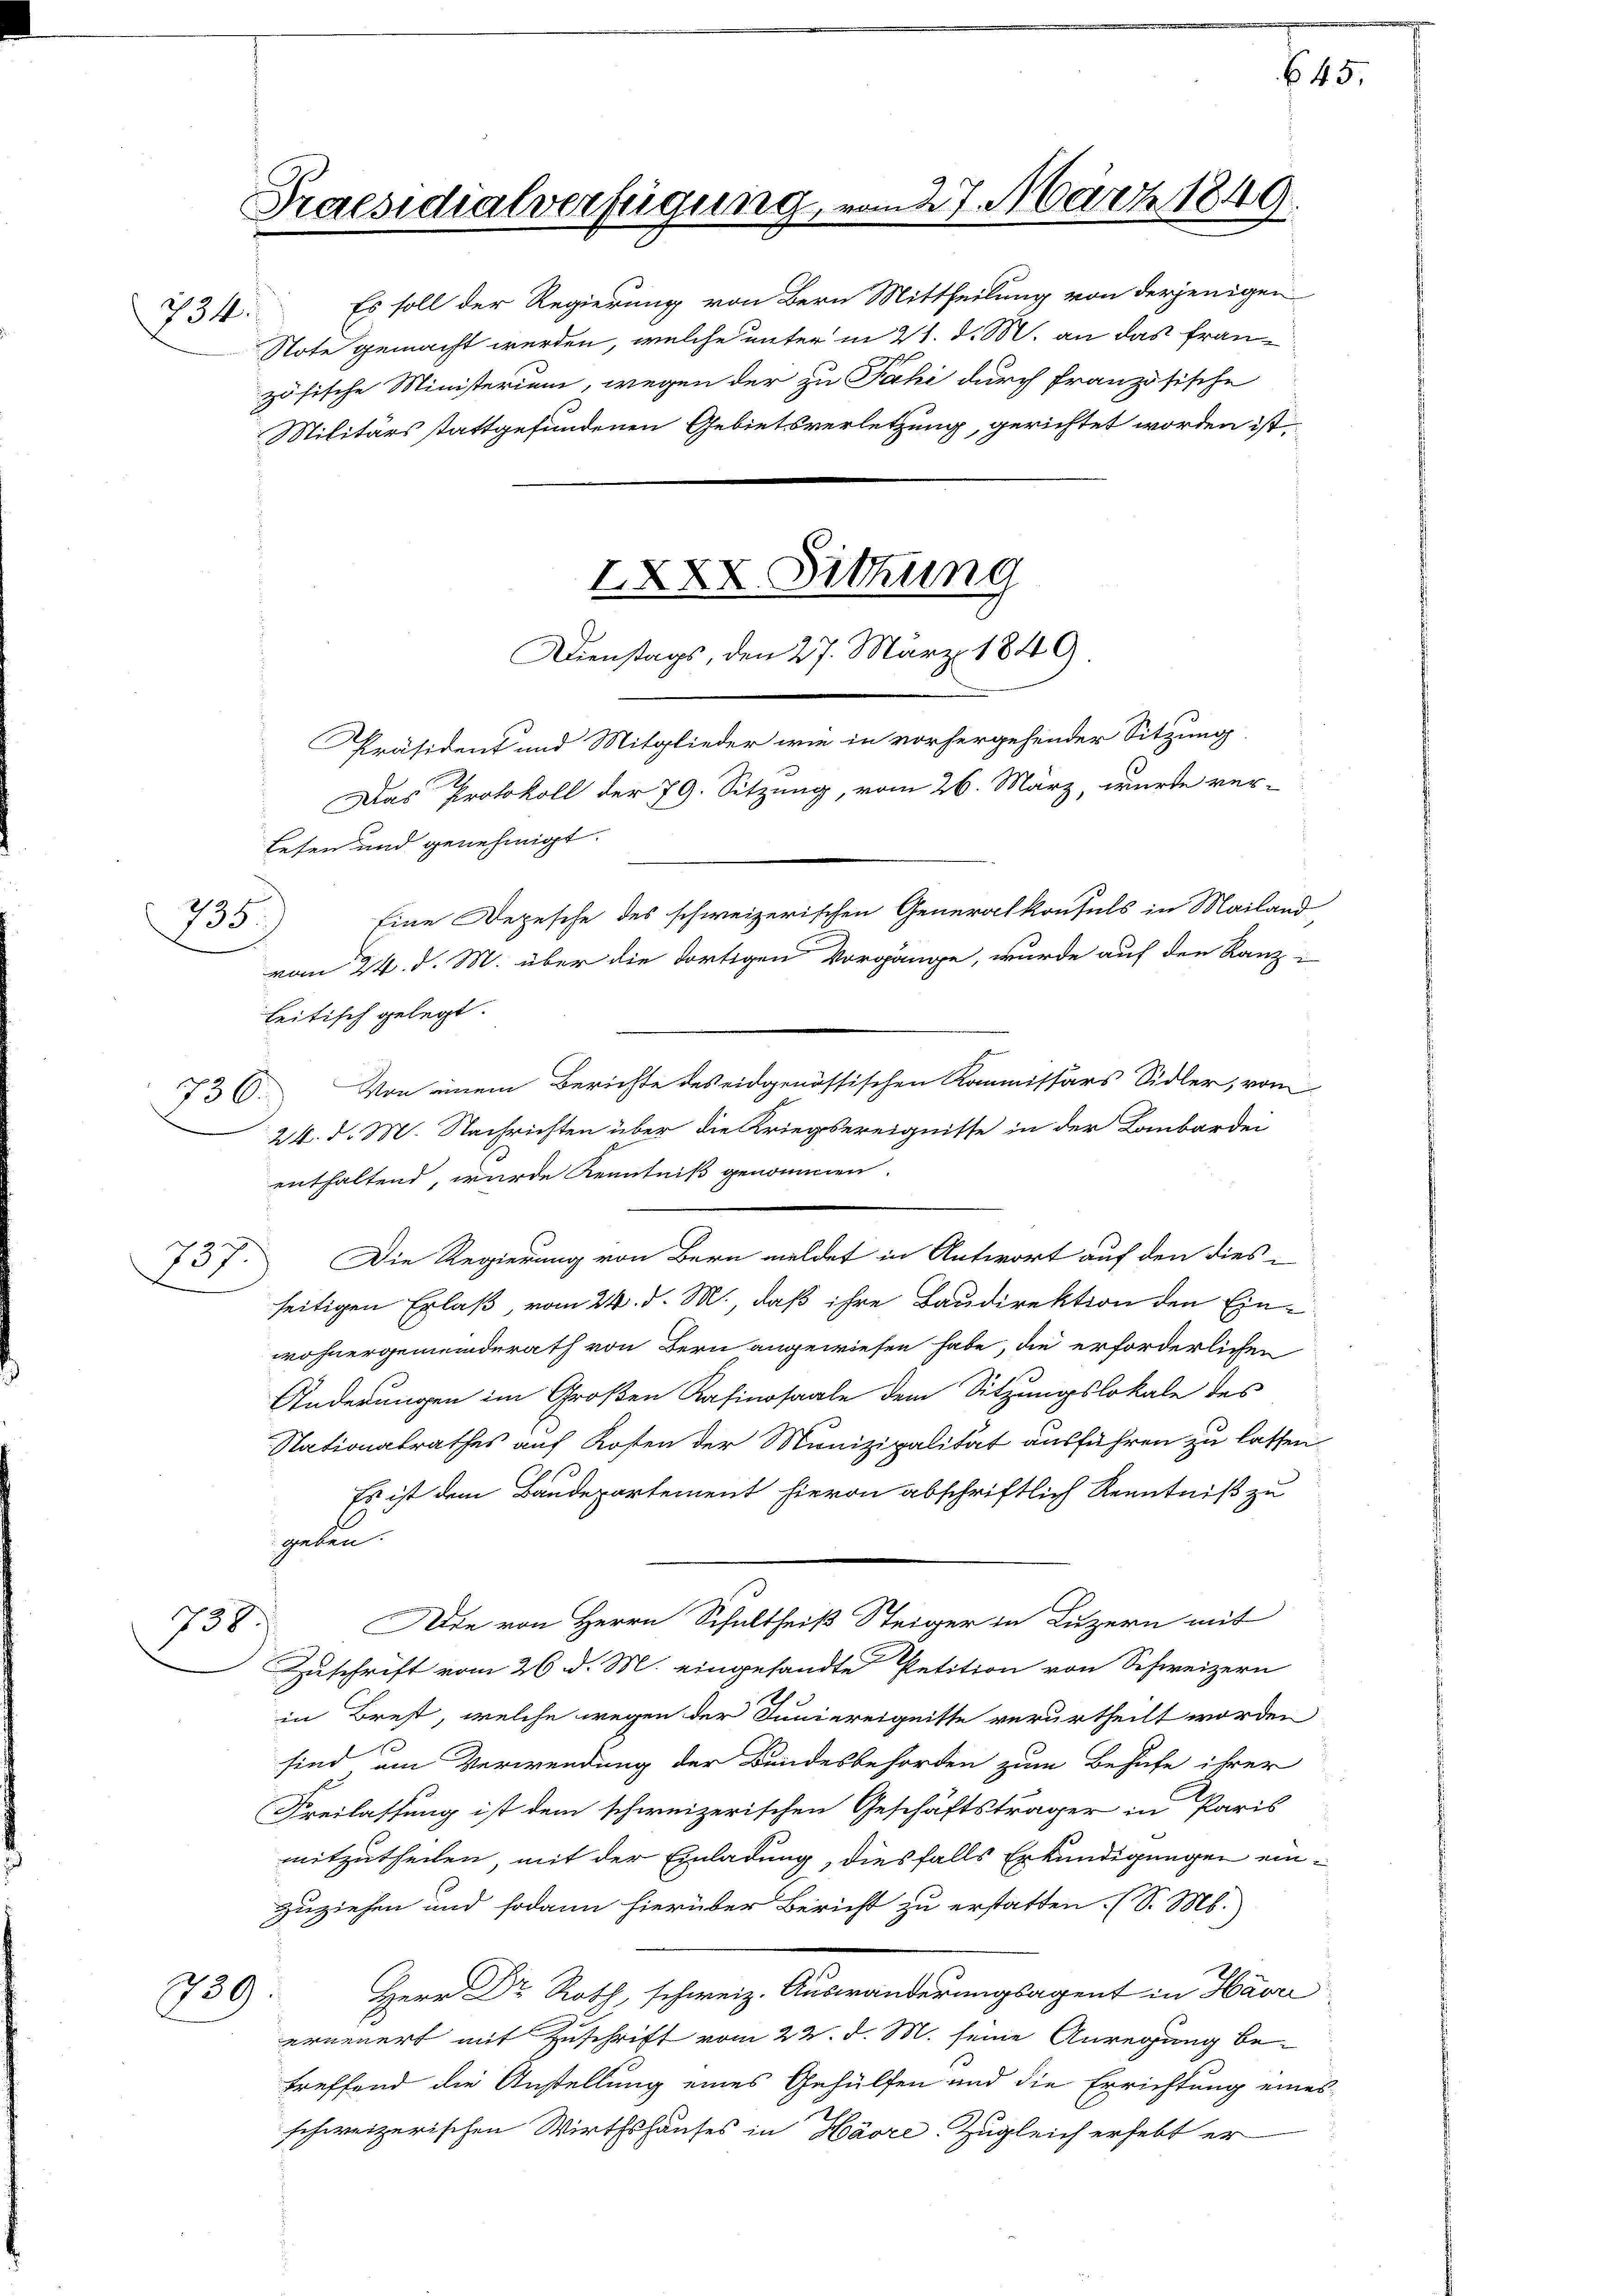
735

734.

736.

737.

Es soll der Regierung von Bern Mittheilung von derjenigen
Note gemacht werden, welche unter in 21. d. M. an das französische Ministerium, wegen der zu Pahi durch französische
Militärs stattgefundenen Gebietsverletzung, gerichtet worden ist,

Praesidialverfügung

2XXX. Sitzung
Dienstags, den 27. März 1849

Lesen und genehmigt.
leitisch gelegt.
24. d. M. Nachrichten über die Kriegsereignisse in der Lombardei
enthaltend, wurde Kenntniß genommen.
Die Regierung von Bern meldet in Antwort auf den diesseitigen Erlaß, vom 24. d. M., daß ihre Baudirektion den Einwohnergemeinderath von Bern angewiesen habe, die erforderlichen
Änderungen im Großen Kasinosaale dem Sitzungslokale des
Nationalrathes auf Kosten der Munizipalität ausführen zu lassen.
1
Es ist dem Bandepartement hievon abschriftlich Kenntniß zu
geben.
Die von Herrn Schultheiß Steiger in Luzern mit
738
ZZuschrift vom 26. d. M. eingesandte Petition von Schweizern
in Brest, welche wegen der Juniereignitte verurtheilt worden
sind um Verwendung der Bundesbehörden zum Behufe ihrer
Freilassung ist dem schweizerischen Geschäftsträger in Paris
mitzutheilen mit der Einladung, diesfalls Erkundigungen einzuziehen und sodann hierüber Bericht zu erstatten. (S. M.
Herr Dr Roth, schweiz. Auswanderungsagent in Havre
739:
erneuert mit Zuschrift vom 22. d. M. seine Anregung be-
treffend die Anstellung eines Gehülfen und die Errichtung eines
schweizerischen Wirthshauses in Härre. Zugleich erhebt er

Präsident und Mitglieder wie in vorhergehender Sitzung
Das Protokoll der 79. Sitzung, vom 26. März, wurde ver¬
Eine Depesche des schweizerischen Generalkonsuls in Mailand,
vom 24. d. M. über die dortigen Vorgänge, wurde auf den Ranz-

227. März 1849.

Von einem Berichte des eidgenössischen Kommissärs Sidler, vom

.